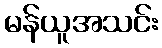
မန်ယူအသင်း